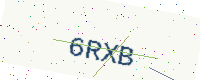
Text: 6RXB